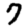
Digit: 7